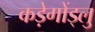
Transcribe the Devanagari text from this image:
कड़ेगोंड्लु